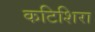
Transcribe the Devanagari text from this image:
कटिशिरा